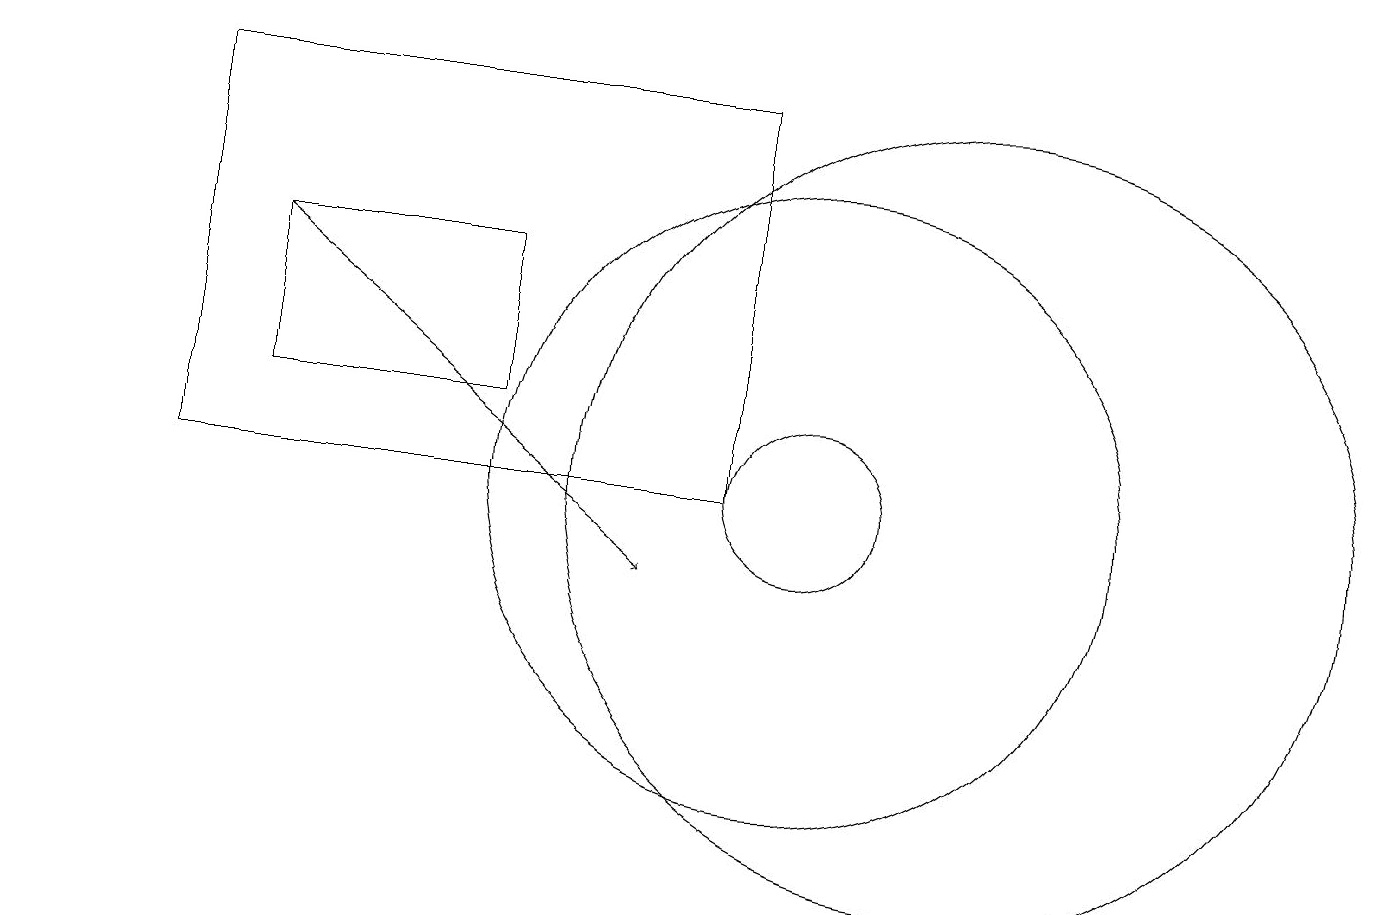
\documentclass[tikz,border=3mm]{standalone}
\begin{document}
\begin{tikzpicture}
\draw (10,11) circle (1);
\draw (10,11) circle (4);
\draw (12,11) circle (5);
\draw (6,12) rectangle (3,14);
\draw[->] (3,14) -- (8,10);
\draw (9,16) rectangle (2,11);
\draw (0,17) rectangle (3,17);
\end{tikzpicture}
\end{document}